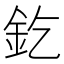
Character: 釳